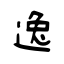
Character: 逸